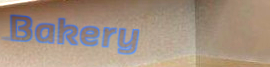
Bakery